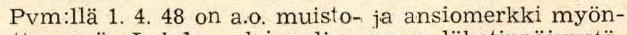
Pvm:llä 1. 4. 48 on a.o. muisto- ja ansiomerkki myön-